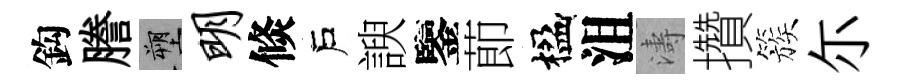
鈎謄塑明倐戶諛鑒莭楹沮濤攢簇尓